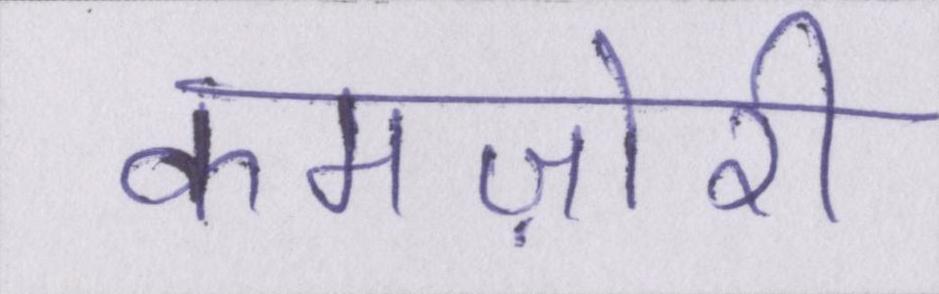
कमज़ोरी